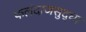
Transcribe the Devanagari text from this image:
फलंदाजसुद्धा